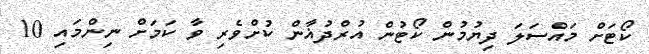
ކޯޓަށް މައްސަލަ ދިޔުމުން ކޯޓުން އުރްދުޣާން ކުށްވެރި ވާ ކަމަށް ނިންމައި 10